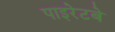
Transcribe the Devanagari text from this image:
पाइरेटबे